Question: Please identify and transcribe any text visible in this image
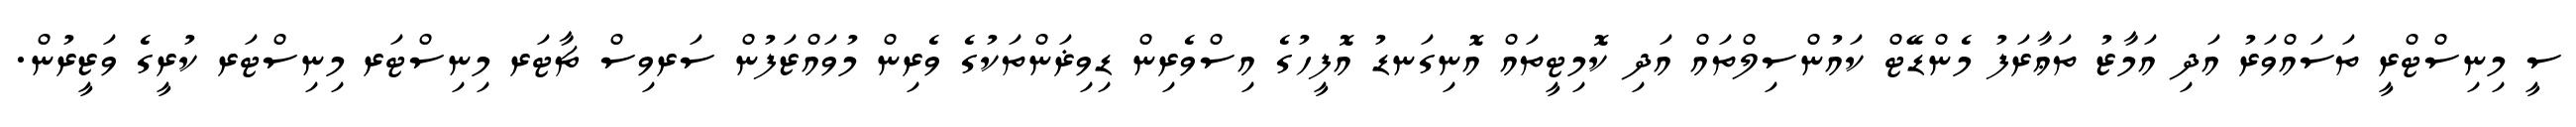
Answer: ސީ މިނިސްޓްރީ ތަސައްވަރު އަދި އަމާޒު ތަޢާރަފު މެންޑޭޓް ކައުންސިލްތައް އަދި ކޮމިޓީތައް އޮނިގަނޑު އޮފީހުގެ އިސްވެރިން ޑިވިޜަންތަކުގެ ވެރިން މުވައްޒަފުން ސަރވިސް ޗާޓަރ މިނިސްޓަރ މިނިސްޓަރ ކުރީގެ ވަޒީރުން.